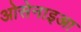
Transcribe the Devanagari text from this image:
ओसेनाइआ